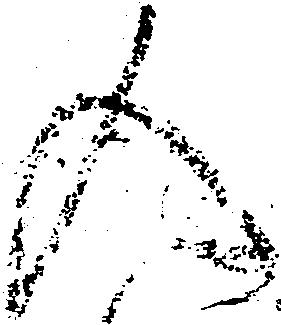
入